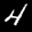
Label: 4